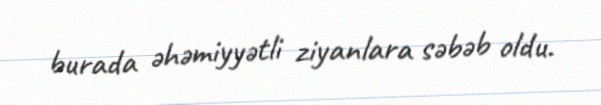
burada əhəmiyyətli ziyanlara səbəb oldu.